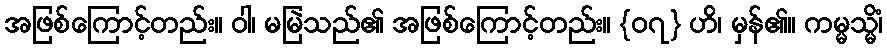
အဖြစ်ကြောင့်တည်း။ ဝါ၊ မမြဲသည်၏ အဖြစ်ကြောင့်တည်း။ {၀၇} ဟိ၊ မှန်၏။ ကမ္မသ္မိံ၊